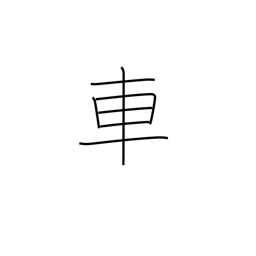
Meaning: car